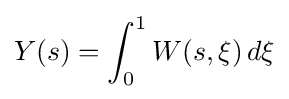
Y(s)=\int _{0}^{1}W(s,\xi )\,d\xi